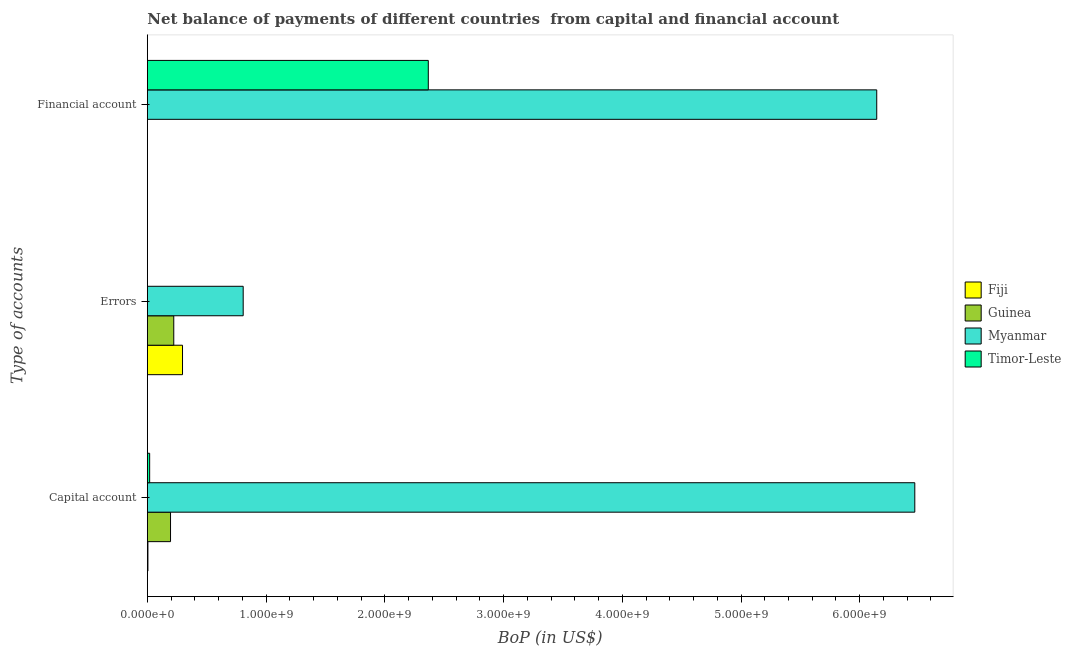
| Type of accounts | Fiji | Guinea | Myanmar | Timor-Leste |
 | --- | --- | --- | --- | --- |
 | Capital account | 4.82e+06 | 1.95e+08 | 6.46e+09 | 1.95e+07 |
 | Errors | 2.96e+08 | 2.23e+08 | 8.07e+08 | -4.32e+07 |
 | Financial account | -2.6e+08 | -7.43e+08 | 6.14e+09 | 2.37e+09 |